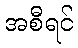
အစီရင်